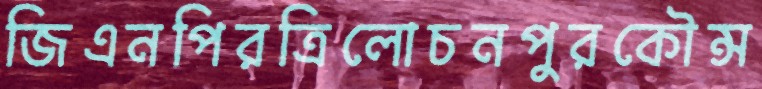
জিএনপিরত্রিলোচনপুরকৌন্স